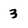
Character: 3